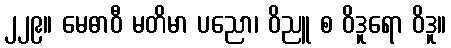
၂၂၉။ မေဓာဝီ မတိမာ ပညော၊ ဝိညူ စ ဝိဒူရော ဝိဒူ။